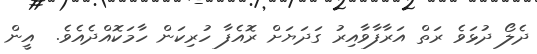
ދެލޯ ދުޅަވެ ރަތް އަރާފާވާއިރު ގަދަޔަށް ރޮއެފާ ހުރިކަން ހާމަކޮއްދެއެވެ.  އީން